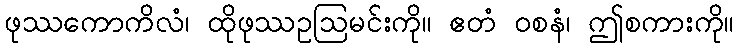
ဖုဿကောကိလံ၊ ထိုဖုဿဥဩမင်းကို။ ဧတံ ဝစနံ၊ ဤစကားကို။